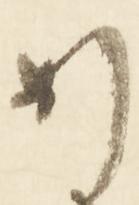
め